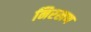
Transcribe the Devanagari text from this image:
निरखण